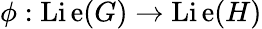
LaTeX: \phi:\operatorname{Li\mathrm{e}}(G)\to\operatorname{Li\mathrm{e}}(H)